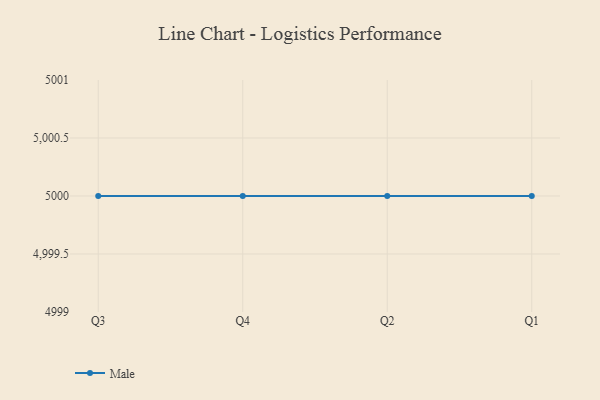
{"axis": {"x": "Quarter", "y": "Gross Profit (USD K)"}, "legend": ["Male"], "data": [{"x": "Q3", "y": 5000, "type": "Male"}, {"x": "Q4", "y": 5000, "type": "Male"}, {"x": "Q2", "y": 5000, "type": "Male"}, {"x": "Q1", "y": 5000, "type": "Male"}]}